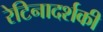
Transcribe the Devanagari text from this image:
रेटिनादर्शकी